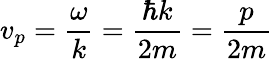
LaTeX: v_{p}={\frac{\omega}{k}}={\frac{\hbar k}{2m}}={\frac{p}{2m}}